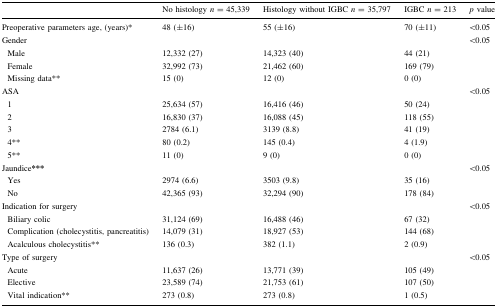
<table><thead><tr><td></td><td><b>No histology <i>n</i> = 45,339</b></td><td><b>Histology without IGBC <i>n</i> = 35,797</b></td><td><b>IGBC <i>n</i> = 213</b></td><td><b><i>p</i> value</b></td></tr></thead><tbody><tr><td>Preoperative parameters age, (years)*</td><td>48 (±16)</td><td>55 (±16)</td><td>70 (±11)</td><td>&lt;0.05</td></tr><tr><td>Gender</td><td></td><td></td><td></td><td>&lt;0.05</td></tr><tr><td> Male</td><td>12,332 (27)</td><td>14,323 (40)</td><td>44 (21)</td><td></td></tr><tr><td> Female</td><td>32,992 (73)</td><td>21,462 (60)</td><td>169 (79)</td><td></td></tr><tr><td> Missing data**</td><td>15 (0)</td><td>12 (0)</td><td>0 (0)</td><td></td></tr><tr><td>ASA</td><td></td><td></td><td></td><td>&lt;0.05</td></tr><tr><td> 1</td><td>25,634 (57)</td><td>16,416 (46)</td><td>50 (24)</td><td></td></tr><tr><td> 2</td><td>16,830 (37)</td><td>16,088 (45)</td><td>118 (55)</td><td></td></tr><tr><td> 3</td><td>2784 (6.1)</td><td>3139 (8.8)</td><td>41 (19)</td><td></td></tr><tr><td> 4**</td><td>80 (0.2)</td><td>145 (0.4)</td><td>4 (1.9)</td><td></td></tr><tr><td> 5**</td><td>11 (0)</td><td>9 (0)</td><td>0 (0)</td><td></td></tr><tr><td>Jaundice<b>***</b></td><td></td><td></td><td></td><td>&lt;0.05</td></tr><tr><td> Yes</td><td>2974 (6.6)</td><td>3503 (9.8)</td><td>35 (16)</td><td></td></tr><tr><td> No</td><td>42,365 (93)</td><td>32,294 (90)</td><td>178 (84)</td><td></td></tr><tr><td>Indication for surgery</td><td></td><td></td><td></td><td>&lt;0.05</td></tr><tr><td> Biliary colic</td><td>31,124 (69)</td><td>16,488 (46)</td><td>67 (32)</td><td></td></tr><tr><td> Complication (cholecystitis, pancreatitis)</td><td>14,079 (31)</td><td>18,927 (53)</td><td>144 (68)</td><td></td></tr><tr><td> Acalculous cholecystitis**</td><td>136 (0.3)</td><td>382 (1.1)</td><td>2 (0.9)</td><td></td></tr><tr><td>Type of surgery</td><td></td><td></td><td></td><td>&lt;0.05</td></tr><tr><td> Acute</td><td>11,637 (26)</td><td>13,771 (39)</td><td>105 (49)</td><td></td></tr><tr><td> Elective</td><td>23,589 (74)</td><td>21,753 (61)</td><td>107 (50)</td><td></td></tr><tr><td> Vital indication**</td><td>273 (0.8)</td><td>273 (0.8)</td><td>1 (0.5)</td><td></td></tr></tbody></table>